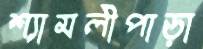
শ্যামলীপাড়া